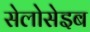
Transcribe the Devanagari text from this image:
सेलोसेइब